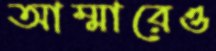
আম্মারেও